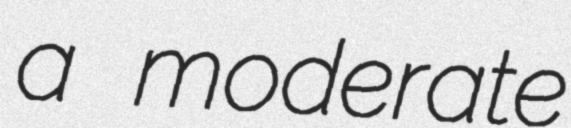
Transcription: a moderate